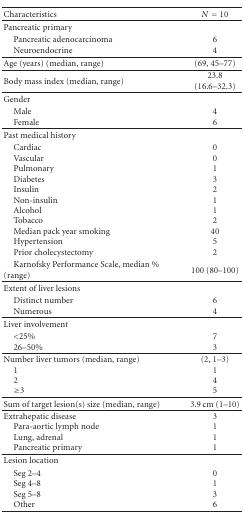
<table><thead><tr><td><b>Characteristics</b></td><td><b><i>N</i> = 10</b></td></tr></thead><tbody><tr><td>Pancreatic primary</td><td></td></tr><tr><td> Pancreatic adenocarcinomaNeuroendocrine</td><td>6 4</td></tr><tr><td>Age (years) (median, range)</td><td>(69, 45–77)</td></tr><tr><td>Body mass index (median, range)</td><td>23.8 (16.6–32.3)</td></tr><tr><td>Gender</td><td></td></tr><tr><td> MaleFemale</td><td>4 6</td></tr><tr><td>Past medical history</td><td></td></tr><tr><td> CardiacVascularPulmonaryDiabetesInsulinNon-insulinAlcoholTobaccoMedian pack year smokingHypertensionPrior cholecystectomy</td><td>0 0 1 3 2 1 1 2 40 5 2</td></tr><tr><td> Karnofsky Performance Scale, median % (range)</td><td>100 (80–100)</td></tr><tr><td>Extent of liver lesions</td><td></td></tr><tr><td>Distinct numberNumerous</td><td>6 4</td></tr><tr><td>Liver involvement</td><td></td></tr><tr><td> &lt;25%26–50%</td><td>7 3</td></tr><tr><td>Number liver tumors (median, range)12≥3</td><td>(2, 1–3) 1 4 5</td></tr><tr><td>Sum of target lesion(s) size (median, range)</td><td>3.9 cm (1–10)</td></tr><tr><td>Extrahepatic diseasePara-aortic lymph nodeLung, adrenalPancreatic primary</td><td>3 1 1 1</td></tr><tr><td>Lesion location</td><td></td></tr><tr><td> Seg 2–4Seg 4–8Seg 5–8Other</td><td>0 1 3 6</td></tr></tbody></table>